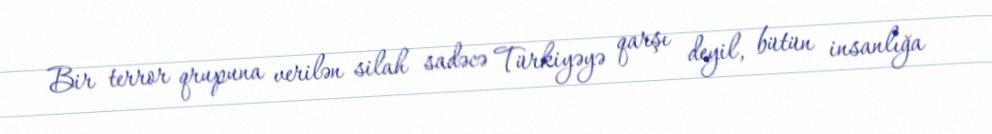
Bir terror qrupuna verilən silah sadəcə Türkiyəyə qarşı deyil, bütün insanlığa